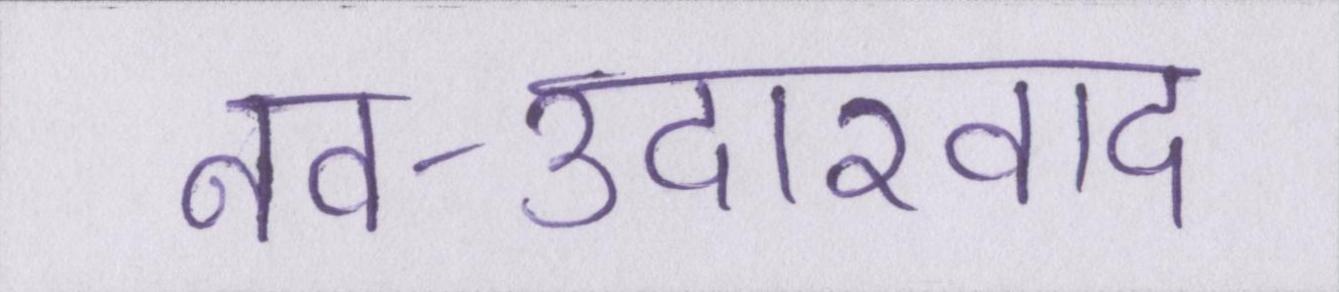
नव-उदारवाद